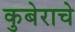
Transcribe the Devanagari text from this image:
कुबेराचे